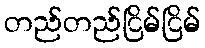
တည်တည်ငြိမ်ငြိမ်